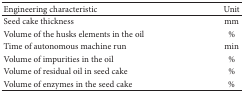
| Engineering characteristic | Unit |
 | --- | --- |
 | Seed cake thickness | mm |
 | Volume of the husks elements in the oil | % |
 | Time of autonomous machine run | min |
 | Volume of impurities in the oil | % |
 | Volume of residual oil in seed cake | % |
 | Volume of enzymes in the seed cake | % |